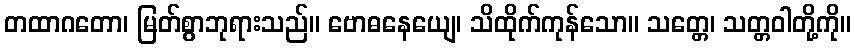
တထာဂတော၊ မြတ်စွာဘုရားသည်။ ဗောဓနေယျေ၊ သိထိုက်ကုန်သော။ သတ္တေ၊ သတ္တဝါတို့ကို။